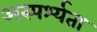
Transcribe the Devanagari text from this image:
अस्पर्श्यता